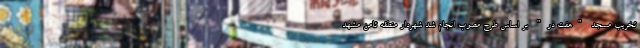
تخریب مسجد "هفت در" بر اساس طرح مصوب انجام شد شهردار منطقه ثامن مشهد